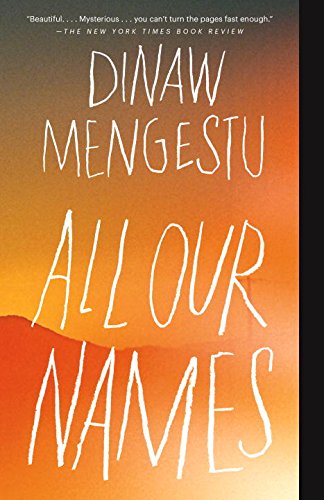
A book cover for All Our Names; Dinaw Mengestu; Literature & Fiction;